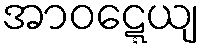
အာဝဋ္ဋေယျ